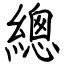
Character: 總